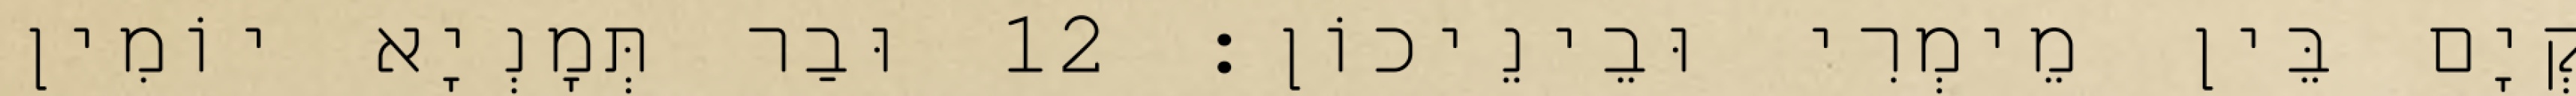
קְיָם בֵּין מֵימְרִי וּבֵינֵיכוֹן׃ 12 וּבַר תְּמָנְיָא יוֹמִין